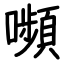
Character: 嚬